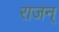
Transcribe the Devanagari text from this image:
राजन्‌